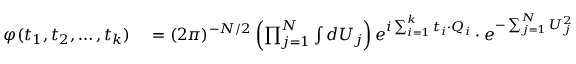
\begin{array} { r l } { \varphi ( t _ { 1 } , t _ { 2 } , \ldots , t _ { k } ) } & { { } = ( 2 \pi ) ^ { - N / 2 } \left( \prod _ { j = 1 } ^ { N } \int d U _ { j } \right) e ^ { i \sum _ { i = 1 } ^ { k } t _ { i } \cdot Q _ { i } } \cdot e ^ { - \sum _ { j = 1 } ^ { N } U _ { j } ^ { 2 } / 2 } } \end{array}